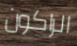
الراكون